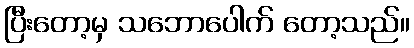
ပြီးတော့မှ သဘောပေါက် တော့သည်။